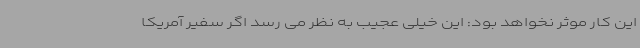
این کار موثر نخواهد بود: این خیلی عجیب به نظر می رسد اگر سفیر آمریکا